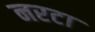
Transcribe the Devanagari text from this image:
नरटा